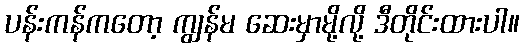
ပန်းကန်ကတော့ ကျွန်မ ဆေးမှာမို့လို့ ဒီတိုင်းထားပါ။